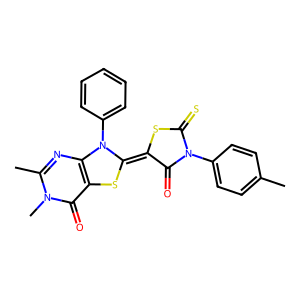
SMILES: Cc1ccc(N2C(=O)C(=C3Sc4c(nc(C)n(C)c4=O)N3c3ccccc3)SC2=S)cc1
Inhibits HIV replication: No